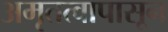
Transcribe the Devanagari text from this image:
अमृतत्वापासून